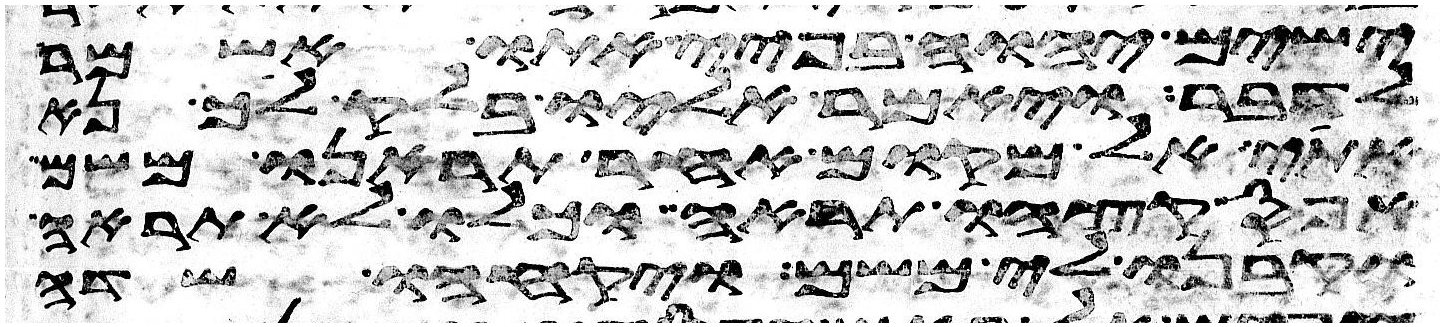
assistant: ישים יהוה בפיי אתו אשמר
לדבר ויאמר אליו בלק לך נא
אתי אל מקום אחר תראנו משם
אפס קצהו תראה וכלו לא תראה
וקבנו לי משם ויקחהו שדה